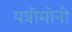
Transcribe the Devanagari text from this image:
पत्रीमोनी